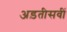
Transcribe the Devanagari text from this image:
अड़तीसवीं